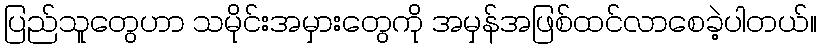
ပြည်သူတွေဟာ သမိုင်းအမှားတွေကို အမှန်အဖြစ်ထင်လာစေခဲ့ပါတယ်။